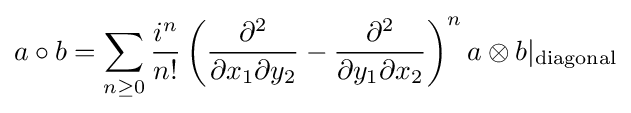
a\circ b=\sum _{n\geq 0}{i^{n} \over n!}\left({\partial ^{2} \over \partial x_{1}\partial y_{2}}-{\partial ^{2} \over \partial y_{1}\partial x_{2}}\right)^{n}a\otimes b|_{\mathrm {diagonal} }